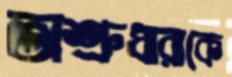
অশ্রুধারাকে